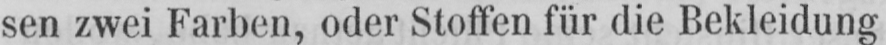
sen zwei Farben, oder Stoffen für die Bekleidung